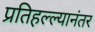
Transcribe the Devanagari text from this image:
प्रतिहल्ल्यानंतर